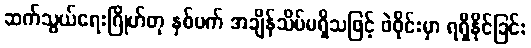
ဆက်သွယ်ရေးဂြိုဟ်တု နှစ်ပက် အချိန်သိပ်မရှိသဖြင့် ဖဲဝိုင်းမှာ ရရှိနိုင်ခြင်း